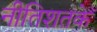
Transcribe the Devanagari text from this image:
नीतिशतके